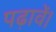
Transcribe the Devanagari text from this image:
पढ़ावें।